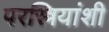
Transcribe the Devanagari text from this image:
परस्त्रियांशी